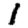
Digit: 1